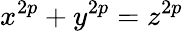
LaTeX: x^{2p}+y^{2p}=z^{2p}